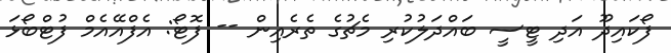
ފޯކައިދޫ އަދި ޓީސީ ބައްދަލުކުރި މެޗުގެ ތެރެއިން -- ފޮޓޯ: އެފްއޭއެމް ފުޓްބޯޅަ